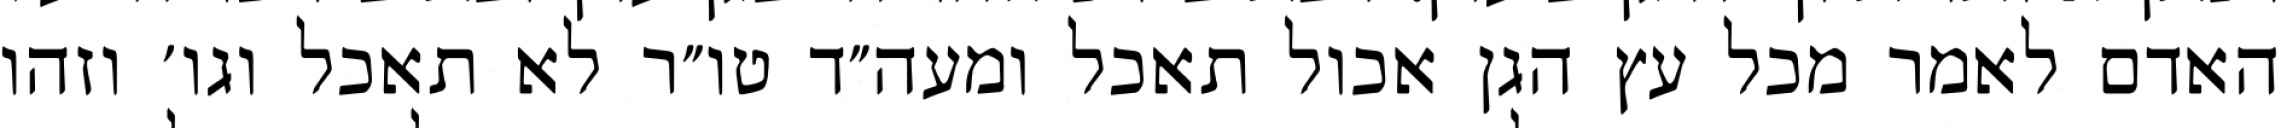
האדם לאמר מכל עץ הגן אכול תאכל ומעה״ד טו״ר לא תאכל וגו׳ וזהו